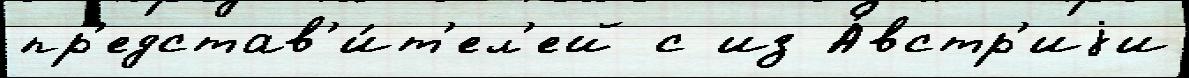
пр'едстав'и́т'ел'ей с из А́встр'иjи